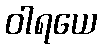
ဝါရယေ